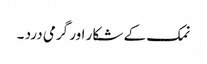
نمک کے شکار اور گرمی درد ۔